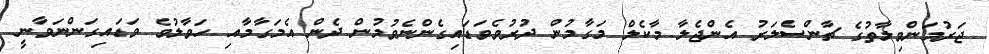
ޖަރުމަންވިލާތުގެ ޗާންސެލަރު އެންޖެލާ މާކެލް މަގާމުން ދުރުވެވަޑައިގެންނެވުމުން ދެން އެމަގާމާއި ހަވާލުވެ ވަޑައިގަންނަވާނީ